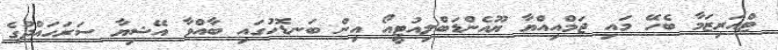
ޓްއަރިޒަމާ ބެހޭ މައި ޖަމްއިއްޔާ ޔޫއެންޑަބްލިއުޓީއޯ އިން ބަނޑޮހުގައި ބާއްވާ އޭޝިޔާ ސަރަހައްދުގެ